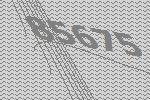
85675